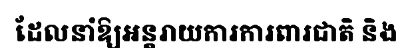
ដែលនាំឱ្យអន្តរាយការការពារជាតិ និង